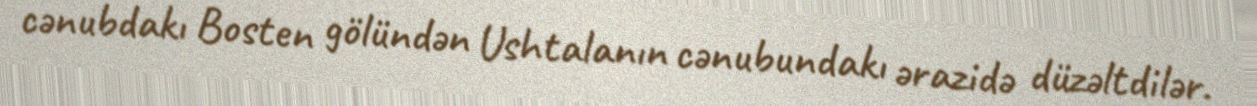
cənubdakı Bosten gölündən Ushtalanın cənubundakı ərazidə düzəltdilər.